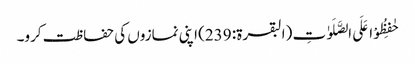
حٰفِظُوْا عَلَی الصَّلَوٰتِ (البقرۃ: 239) اپنی نمازوں کی حفاظت کرو۔